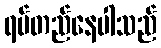
ရပ်တည်နေပါသည်